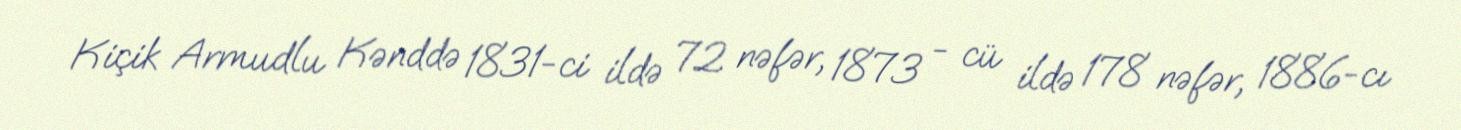
Kiçik Armudlu Kənddə 1831-ci ildə 72 nəfər, 1873 - cü ildə 178 nəfər, 1886-cı